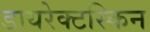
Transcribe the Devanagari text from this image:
डायरेक्टस्किन